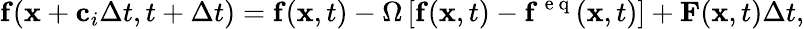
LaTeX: \mathbf{f}(\mathbf{x}+\mathbf{c}_{i}\Delta t,t+\Delta t)=\mathbf{f}(\mathbf{x},t)-\Omega\left[\mathbf{f}(\mathbf{x},t)-\mathbf{f}^{\mathrm{~e~q~}}(\mathbf{x},t)\right]+\mathbf{F}(\mathbf{x},t)\Delta t,